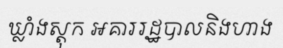
ឃ្លាំងស្តុក អគាររដ្ឋបាលនិងហាង